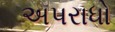
અપરાધો